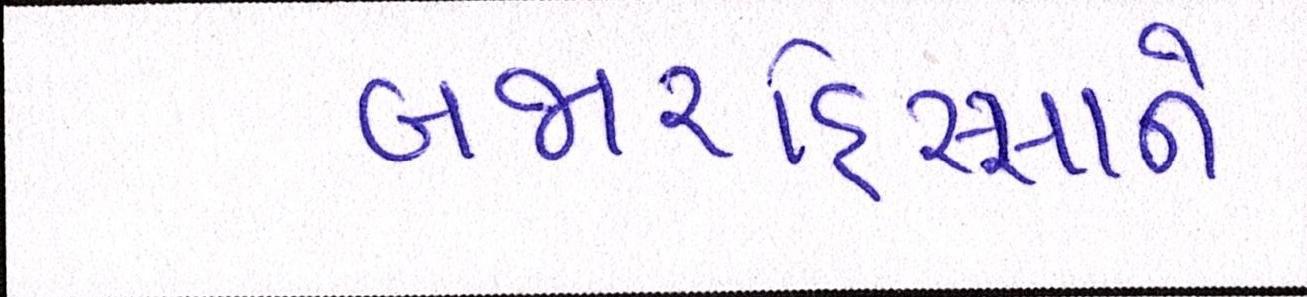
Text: બજારહિસ્સાને